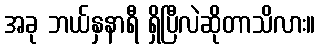
အခု ဘယ်နှနာရီ ရှိပြီလဲဆိုတာသိလား။